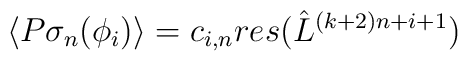
\langle P \sigma_n (\phi_i) \rangle = c_{i,n} res( {\hat L}^{(k+2)n+i+1} )